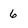
Character: 6